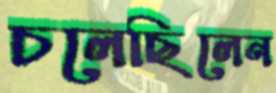
চলেছিলেন